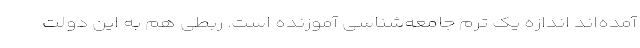
آمده‌اند اندازه یک ترم جامعه‌شناسی آموزنده است. ربطی هم به این دولت